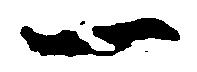
一